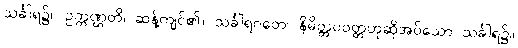
သင်္ခါရ၌။ ဥက္ကဏ္ဌတိ၊ ဆန့်ကျင်၏။ သင်္ခါရဂတေ၊ နိမိတ္တပဝတ္တဟုဆိုအပ်သော သင်္ခါရ၌။